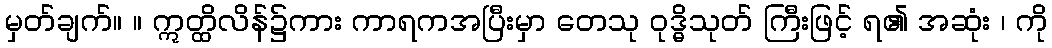
မှတ်ချက်။ ။ ဣတ္ထိလိန်၌ကား ကာရကအပြီးမှာ တေသု ဝုဒ္ဓိသုတ် ကြီးဖြင့် ရ၏ အဆုံး ၊ ကို